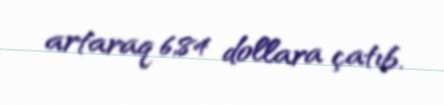
artaraq 6,84 dollara çatıb.